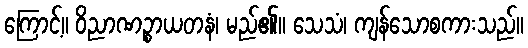
ကြောင့်။ ဝိညာဏဉ္စာယတနံ၊ မည်၏။ သေသံ၊ ကျန်သောစကားသည်။